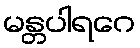
မန္တပါရဂေ